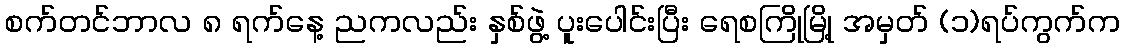
စက်တင်ဘာလ ၈ ရက်နေ့ ညကလည်း နှစ်ဖွဲ့ ပူးပေါင်းပြီး ရေစကြိုမြို့ အမှတ် (၁)ရပ်ကွက်က